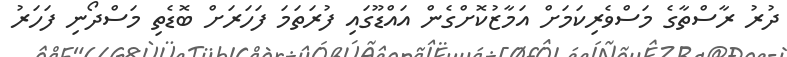
ދުރު ރާސްތާގެ މަސްވެރިކަމަށް އަމާޒުކޮށްގެން އައްޑޫގައި ފުރަތަމަ ފަހަރަށް ބޮޑެތި މަސްދޯނި ފަހަރު